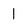
Character: 1